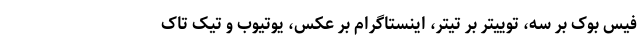
فیس بوک بر سه، توییتر بر تیتر، اینستاگرام بر عکس، یوتیوب و تیک تاک